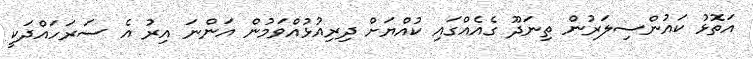
އަތޮޅު ކައުންސިލަރުން ތިނަދޫ ގެއެއްގައި ކުއްޔަށް ދިރިއުޅުއްވަމުން އަންނަ އިރު އެ ސަރަހައްދަކީ